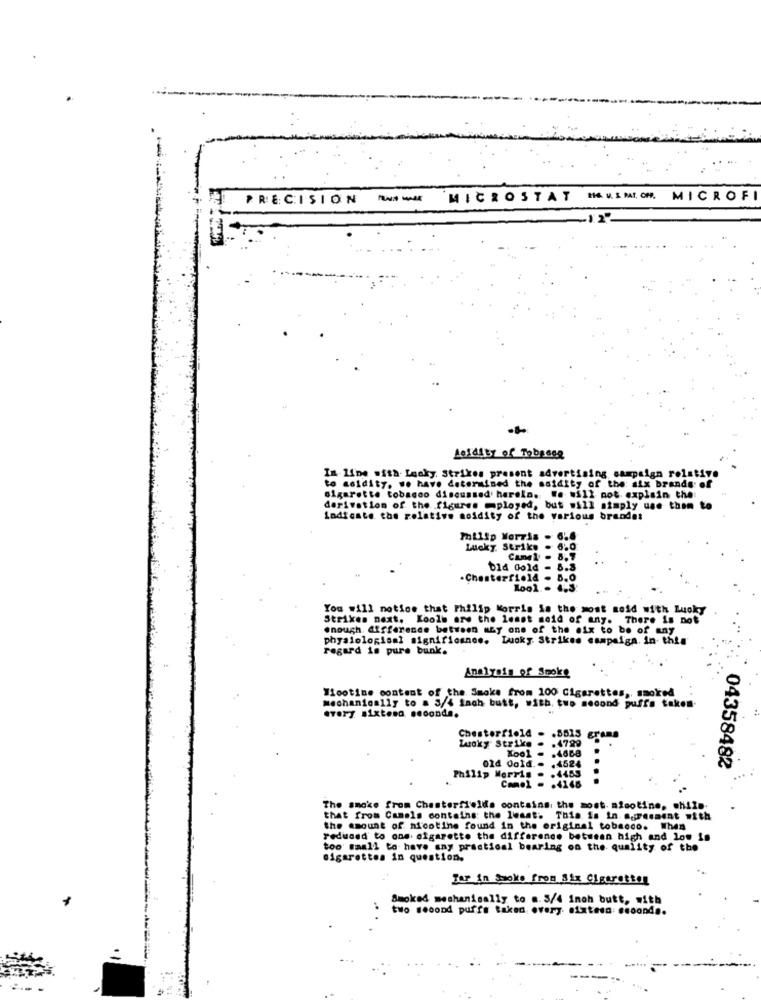
PRECISION
--
MICROSTAT
H& M. S MAI. OM. MICROFI
10141ty of Tobeeee
In line with Lucky Strikes present advertising campaign rolst17.
to asidity. we have determined the asidity of the six brands of
sigarette tobagoo discussed harelo. We will not. explain the:
derivation of the figures mployed, but will simply use them to
indicate the relative acidity of the various brands:
Philip Morris . 6.6
Lucky Strike . 6.0
014 0old - 8.5
.Chesterfield . 8.0
Kool . 4.3:
You will notice that Philip Morris is the most seid with Lucky
Strikes next. Koole are the least seid of any. There is not
enough. difference between any one of the six to be of any
physiological significance. Lucky Strikes campaign. in this
regard is pure bunk. .
Analysis of Smoke
Ticotime content of the Smoke from 100 Cigarettes ,, smoked
mechanically to = 3/4 Inch butt, with two second puffs taken
.very sixtena seconda.
Chest
.5515 grams
Lucky Strike
.4799
old Gold ..
Xool - . 4868
.4524
Philip Morris .
.4453
04358482
Comol - . 4146
The smoke from Chesterfields contains the most nicotine, while
that from Camels contains the least. This is in. agreement with
the amount of nicotine found in the original tobacco. When
reduced to one. cigarette the difference between high and low in
too small to have any practical bearing on the quality of the
cigarettes in question.
Jar in Jaoks from Six Cigaretten
Smoked mechanisally to a. 3/4 inch butt, with
two second puffs taken every alatesa: seconds.
=